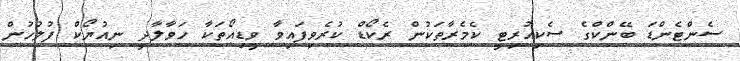
ސެންޓެންޑަ ބޭންކްގެ ސެކިއުރިޓީ ކެމެރާތަކުން ރެކޯޑް ކުރެވިފައިވާ ވީޑިއޯތަކާ ހަވާލާދީ ނިއުޔޯކް ފުލުހުން